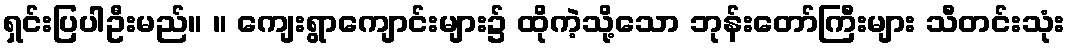
ရှင်းပြပါဦးမည်။ ။ ကျေးရွာကျောင်းများ၌ ထိုကဲ့သို့သော ဘုန်းတော်ကြီးများ သီတင်းသုံး